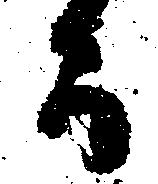
而